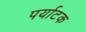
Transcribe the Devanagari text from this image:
पर्याटक